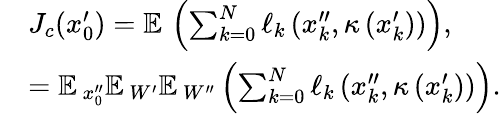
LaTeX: \begin{array}{rl}&{J_{c}(x_{0}^{\prime})=\mathbb{E\, }\left(\sum_{k=0}^{N}\ell_{k}\left(x_{k}^{\prime\prime},\kappa\left(x_{k}^{\prime}\right)\right)\right),}\\ &{=\mathbb{E\, }_{x_{0}^{\prime\prime}}\mathbb{E\, }_{W^{\prime}}\mathbb{E\, }_{W^{\prime\prime}}\left(\sum_{k=0}^{N}\ell_{k}\left(x_{k}^{\prime\prime},\kappa\left(x_{k}^{\prime}\right)\right)\right).}\end{array}